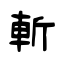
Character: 斬